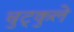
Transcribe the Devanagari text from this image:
चुट्कुले